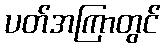
ပတ်အကြာတွင်